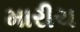
મારીચ